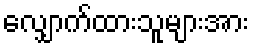
လျှောက်ထားသူများအား